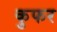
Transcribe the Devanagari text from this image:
कुफर